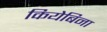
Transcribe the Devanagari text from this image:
कियेबिना